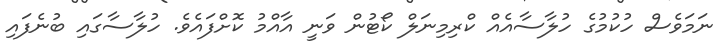
ނަމަވެސް ހުކުމުގެ ހުލާސާއެއް ކްރިމިނަލް ކޯޓުން ވަނީ އާއްމު ކޮށްފައެވެ. ހުލާސާގައި ބުނެފައި